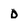
Character: 0